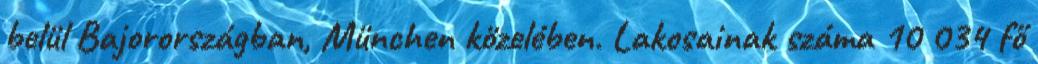
belül Bajorországban, München közelében. Lakosainak száma 10 034 fő